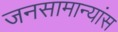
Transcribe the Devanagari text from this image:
जनसामान्यांस